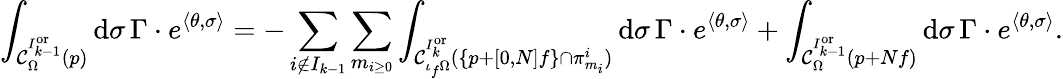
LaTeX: \int_{\mathcal{C}_{\Omega}^{I_{k-1}^{\mathrm{or}}}(p)}\mathrm{d}\sigma\, \Gamma\cdot e^{\langle\theta,\sigma\rangle}=-\sum_{i\notin I_{k-1}}\sum_{m_{i\ge 0}}\int_{\mathcal{C}_{\iota_{f}\Omega}^{I_{k}^{\mathrm{or}}}(\{ p+[0,N]f\} \cap\pi_{m_{i}}^{i})}\mathrm{d}\sigma\, \Gamma\cdot e^{\langle\theta,\sigma\rangle}+\int_{\mathcal{C}_{\Omega}^{I_{k-1}^{\mathrm{or}}}(p+Nf)}\mathrm{d}\sigma\, \Gamma\cdot e^{\langle\theta,\sigma\rangle}.